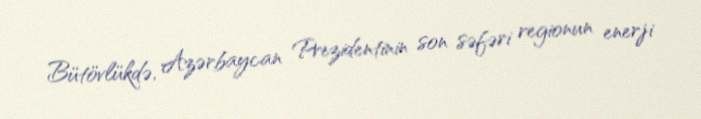
Bütövlükdə, Azərbaycan Prezidentinin son səfəri regionun enerji